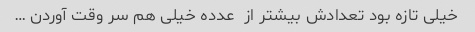
خیلی تازه بود تعدادش بیشتر از  عدده خیلی هم سر وقت آوردن …